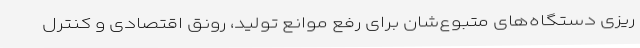
ریزی دستگاه‌های متبوع‌شان برای رفع موانع تولید، رونق اقتصادی و کنترل